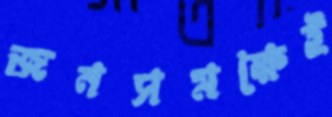
জনসমক্ষেই